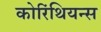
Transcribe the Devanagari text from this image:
कोरिंथियन्स